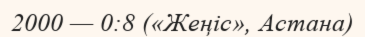
2000 — 0:8 («Жеңіс», Астана)